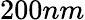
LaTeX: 200nm